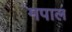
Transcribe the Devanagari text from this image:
मपाल